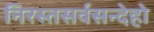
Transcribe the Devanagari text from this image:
निरस्तसर्वसन्देहो